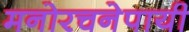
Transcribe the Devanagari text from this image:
मनोरचनेपायी